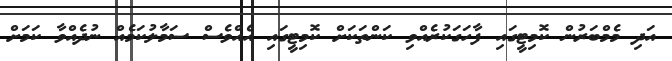
އަދި މެމްބަރުން ކޮމިޓީގަައި ފާހަގަކުރެއްވި ކަންތަކަށް ކޮމިޓީގައި އެއްވެސް ސަމާލުކަމެއް ނުދެއްވާ ކަމަށް